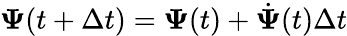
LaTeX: \mathbf{\Psi}(t+\Delta t)=\mathbf{\Psi}(t)+\dot{\mathbf{\Psi}}(t)\Delta t